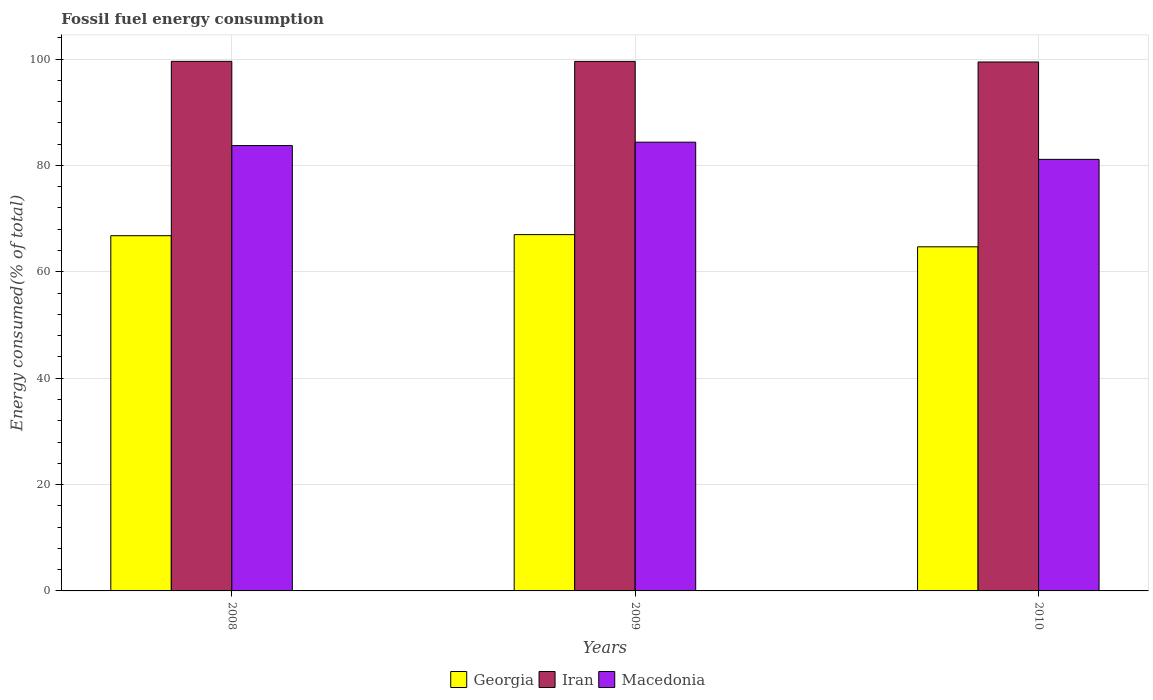
| Years | Georgia | Iran | Macedonia |
 | --- | --- | --- | --- |
 | 2008 | 66.8 | 99.6 | 83.7 |
 | 2009 | 67 | 99.6 | 84.4 |
 | 2010 | 64.7 | 99.5 | 81.1 |